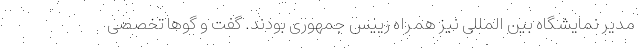
مدیر نمایشگاه بین المللی نیز همراه رییس جمهوری بودند. گفت و گوها تخصصی